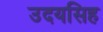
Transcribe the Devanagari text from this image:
उदयसिह